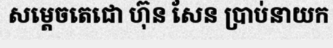
សម្តេចតេជោ ហ៊ុន សែន ប្រាប់នាយក